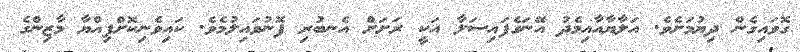
ގޮވައިގެން ދިޔުމަށެވެ. އަލާޔާއާއިމެދު އޭނަގެފައިސަލާ އަކީ ރަށަށް އެނބުރި ފޮނުވައިލުމެވެ. ކައިވެނިކޮށްފިއްޔާ މާޒިންގެ